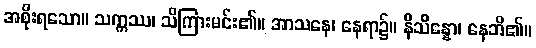
အစိုးရသော။ သက္ကဿ၊ သိကြားမင်း၏။ အာသနေ၊ နေရာ၌။ နိသိန္နော၊ နေဘိ၏။